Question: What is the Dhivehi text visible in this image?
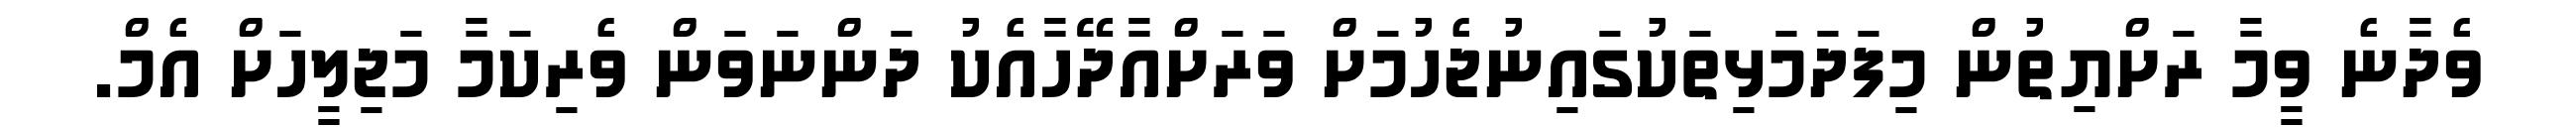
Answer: ވެދާނެ ވީމާ ރަށްޔިތުން މިފަދަމަޅިތަކުގައިނުޖެހުމަށް ވަރަށްއާދޭހާއެކު ދަންނަވަން ވެރިކަމާ މަޖިލީހަށް އެމް.